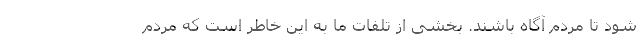
شود تا مردم آگاه باشند. بخشی از تلفات ما به این خاطر است که مردم